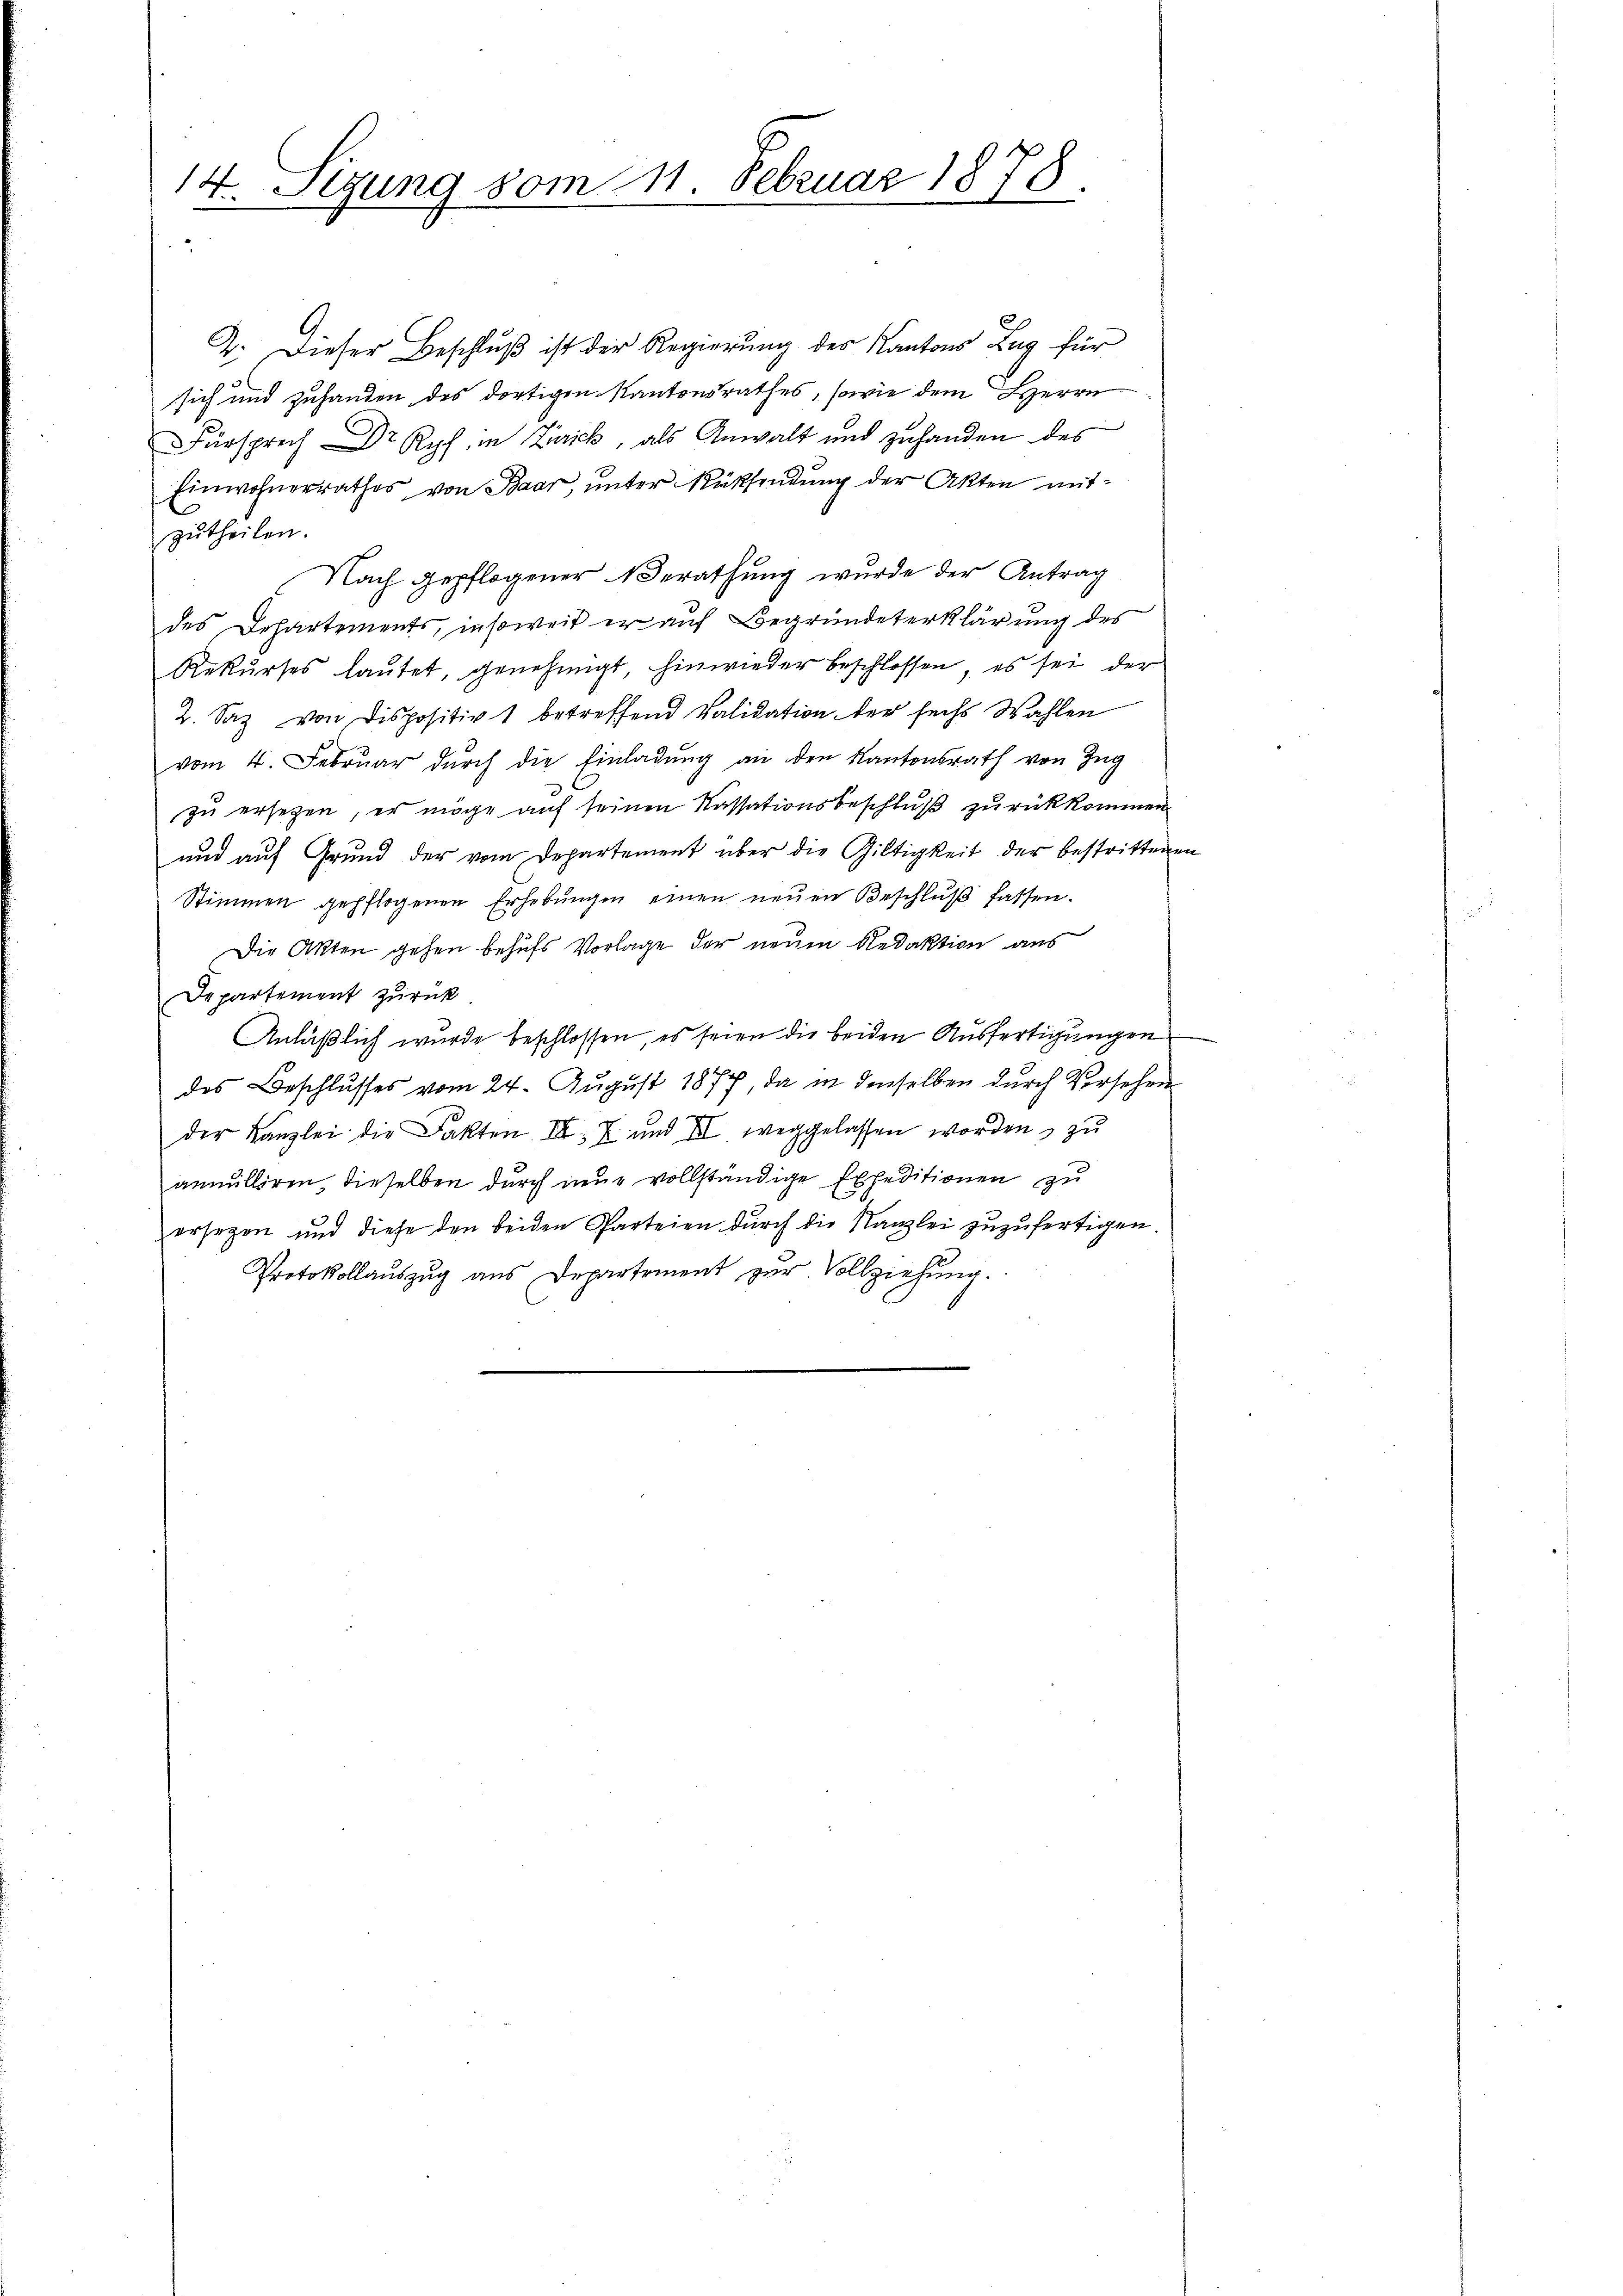
14. Sizung vom 11. Februar 1878

2. Dieser Beschluß ist der Regierung des Kantons Zug für
sich und zuhanden des dortigen Kantonsrathes, sowie dem Herrn
Fürsprech Dr Ryf in Zick, als Anwalt und zuhanden des
Einwohnerrathes von Baar, unter Rücksendung der Akten mitzutheilen.
Nach gepflogener Berathung wurde der Antrag
des Departements, insoweit er auf Begründeterklärung des
Rekŭrses laŭtet, genehmigt, hinwieder beschlossen, es sei der
2. Saz von Dispositiv betreffend Validation der sechs Wahlen
vom 4. Febrŭar dŭrch die Einladŭng an den Kantonsrath von Zŭg
zu ersetzen, er möge auf seinen Kassationsbeschluß zurückkommen.
und auf Grund der vom Departement über die Giltigkeit der bestrittenen
Stimmen gepflogenen Erhebŭngen einen neŭen Beschlŭβ fassen.
Die Akten gehen behufs Vorlage der neuen Redaktion aus
Departement zurück
Anläßlich wurde beschlossen, es seien die beiden Ausfertigungen
des Beschlusses vom 24. August 1874, da in denselben durch Versehen
der Kanzlei die Fakten III. 7 und III. weggelassen worden, zu
annulliren, dieselben durch neue vollständige Expeditionen zu
ersezen und diese den beiden Parteien durch die Kanzlei zuzufertigen.
Protokollauszug aus Departement zur Vollziehung.